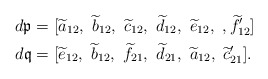
\begin{align*} d\mathfrak{p} &= [\widetilde{a}_{12},\ \widetilde{b}_{12},\ \widetilde{c}_{12},\ \widetilde{d}_{12},\ \widetilde{e}_{12},\ , \widetilde{f}'_{12}] \\ d\mathfrak{q} &= [\widetilde{e}_{12},\ \widetilde{b}_{12},\ \widetilde{f}_{21},\ \widetilde{d}_{21},\ \widetilde{a}_{12},\ \widetilde{c}'_{21}].\end{align*}